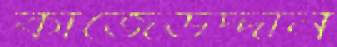
কাজেউদ্দীন